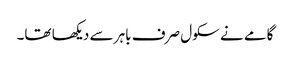
گامے نے سکول صرف باہر سے دیکھا تھا۔